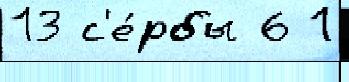
13 с'е́рбы 6 1